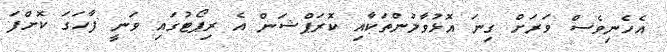
އެހެނިވެސް ވަރަށް ގިނަ އޮޅުވާލުންތަކާއި ކޮރަޕްޝަން އެ ރިޕޯޓުގައި ވަނީ ފާހަގަ ކޮށްފަ